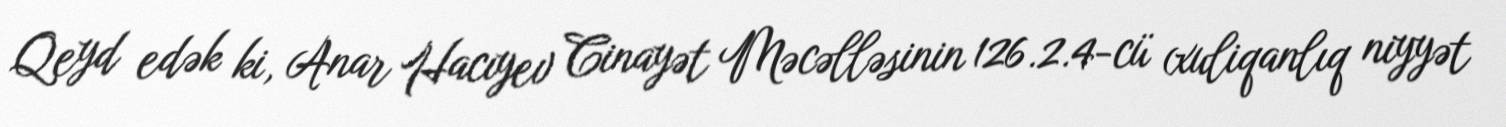
Qeyd edək ki, Anar Hacıyev Cinayət Məcəlləsinin 126.2.4-cü (xuliqanlıq niyyət